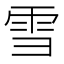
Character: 雪